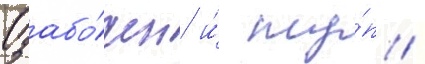
Озабо́чен и́ ту́п /